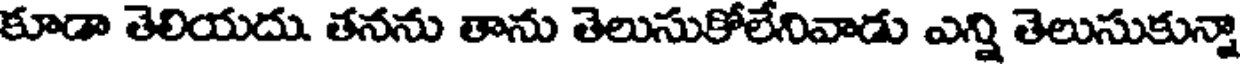
కూడా తెలియదు. తనను తాను తెలుసుకోలేనివాడు ఎన్ని తెలుసుకున్నా